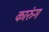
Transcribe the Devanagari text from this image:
कारुंग